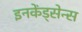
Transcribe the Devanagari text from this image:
इनकेंड्सेन्स